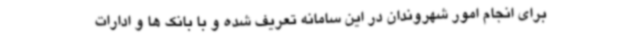
برای انجام امور شهروندان در این سامانه تعریف شده و با بانک ها و ادارات